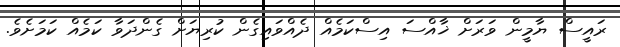
ރައީސް ޔާމީން ވަރަށް ޚާއްސަ އިސްކަމެއް ދެއްވައިގެން ކުރިޔަށް ގެންދަވާ ކަމެއް ކަމަށެވެ.